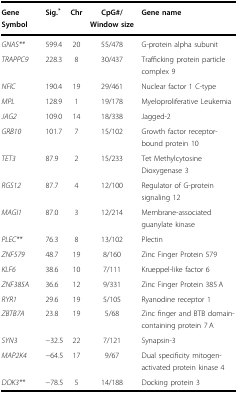
| Gene Symbol | Sig.* | Chr | CpG#/Window size | Gene name |
 | --- | --- | --- | --- | --- |
 | GNAS** | 599.4 | 20 | 55/478 | G-protein alpha subunit |
 | TRAPPC9 | 228.3 | 8 | 30/437 | Trafficking protein particle complex 9 |
 | NFIC | 190.4 | 19 | 29/461 | Nuclear factor 1 C-type |
 | MPL | 128.9 | 1 | 19/178 | Myeloproliferative Leukemia |
 | JAG2 | 109.0 | 14 | 18/338 | Jagged-2 |
 | GRB10 | 101.7 | 7 | 15/102 | Growth factor receptor-bound protein 10 |
 | TET3 | 87.9 | 2 | 15/233 | Tet Methylcytosine Dioxygenase 3 |
 | RGS12 | 87.7 | 4 | 12/100 | Regulator of G-protein signaling 12 |
 | MAGI1 | 87.0 | 3 | 12/214 | Membrane-associated guanylate kinase |
 | PLEC** | 76.3 | 8 | 13/102 | Plectin |
 | ZNF579 | 48.7 | 19 | 8/160 | Zinc Finger Protein 579 |
 | KLF6 | 38.6 | 10 | 7/111 | Krueppel-like factor 6 |
 | ZNF385A | 36.6 | 12 | 9/331 | Zinc Finger Protein 385 A |
 | RYR1 | 29.6 | 19 | 5/105 | Ryanodine receptor 1 |
 | ZBTB7A | 23.8 | 19 | 5/68 | Zinc finger and BTB domain-containing protein 7 A |
 | SYN3 | −32.5 | 22 | 7/121 | Synapsin-3 |
 | MAP2K4 | −64.5 | 17 | 9/67 | Dual specificity mitogen-activated protein kinase 4 |
 | DOK3** | −78.5 | 5 | 14/188 | Docking protein 3 |